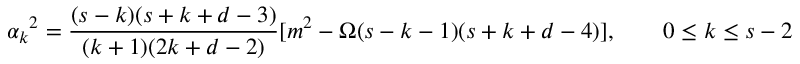
\alpha _ { k } { } ^ { 2 } = \frac { ( s - k ) ( s + k + d - 3 ) } { ( k + 1 ) ( 2 k + d - 2 ) } [ m ^ { 2 } - \Omega ( s - k - 1 ) ( s + k + d - 4 ) ] , \qquad 0 \le k \le s - 2